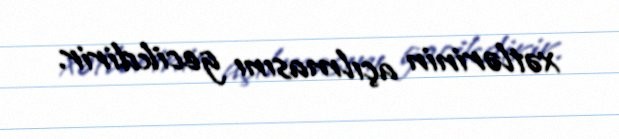
xətlərinin açılmasını gecikdirir.